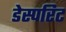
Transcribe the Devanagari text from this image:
डेस्परिट